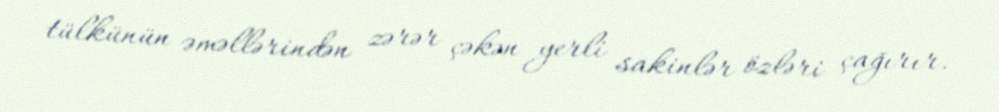
tülkünün əməllərindən zərər çəkən yerli sakinlər özləri çağırır.